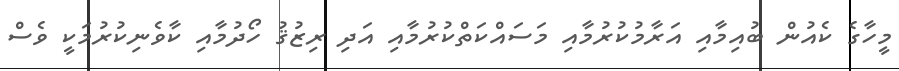
މީހާގެ ކެއުން ބުއިމާއި އަރާމުކުރުމާއި މަސައްކަތްކުރުމާއި އަދި ރިޒުޤު ހޯދުމާއި ކާވެނިކުރުމަކީ ވެސް